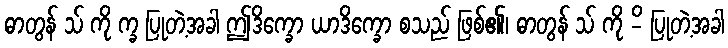
ဓာတွန် သ် ကို က္ခ ပြုတဲ့အခါ ဤဒိက္ခော ယာဒိက္ခော စသည် ဖြစ်၏၊ ဓာတွန် သ် ကို -ိ ပြုတဲ့အခါ